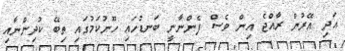
އަދި އޭރުން ރާއްޖެ އިން ވެސް ފެންނާނީ ބަނޑުހައި ހޫނުކަމުގައި ތިބޭ ކުދިންނާއި